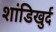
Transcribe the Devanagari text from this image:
शांडिखुर्द